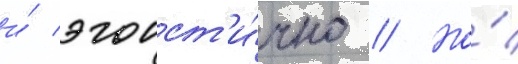
и́ эгоист'и́чно // Но́